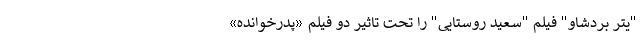
"یتر بردشاو" فیلم "سعید روستایی" را تحت تاثیر دو فیلم «پدرخوانده»